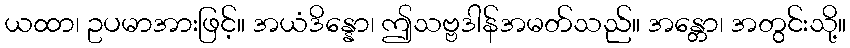
ယထာ၊ ဥပမာအားဖြင့်။ အယံဒိန္နော၊ ဤသဗ္ဗဒါန်အမတ်သည်။ အန္တော၊ အတွင်းသို့။